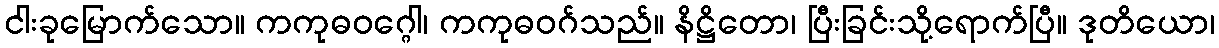
ငါးခုမြောက်သော။ ကကုဓဝဂ္ဂေါ၊ ကကုဓဝဂ်သည်။ နိဋ္ဌိတော၊ ပြီးခြင်းသို့ရောက်ပြီ။ ဒုတိယော၊